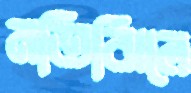
মতিঝিলে